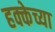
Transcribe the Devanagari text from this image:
हक्केच्या